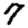
Digit: 7